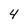
Character: 4